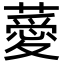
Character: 薆